Martna_vallavalitsus, lk 19
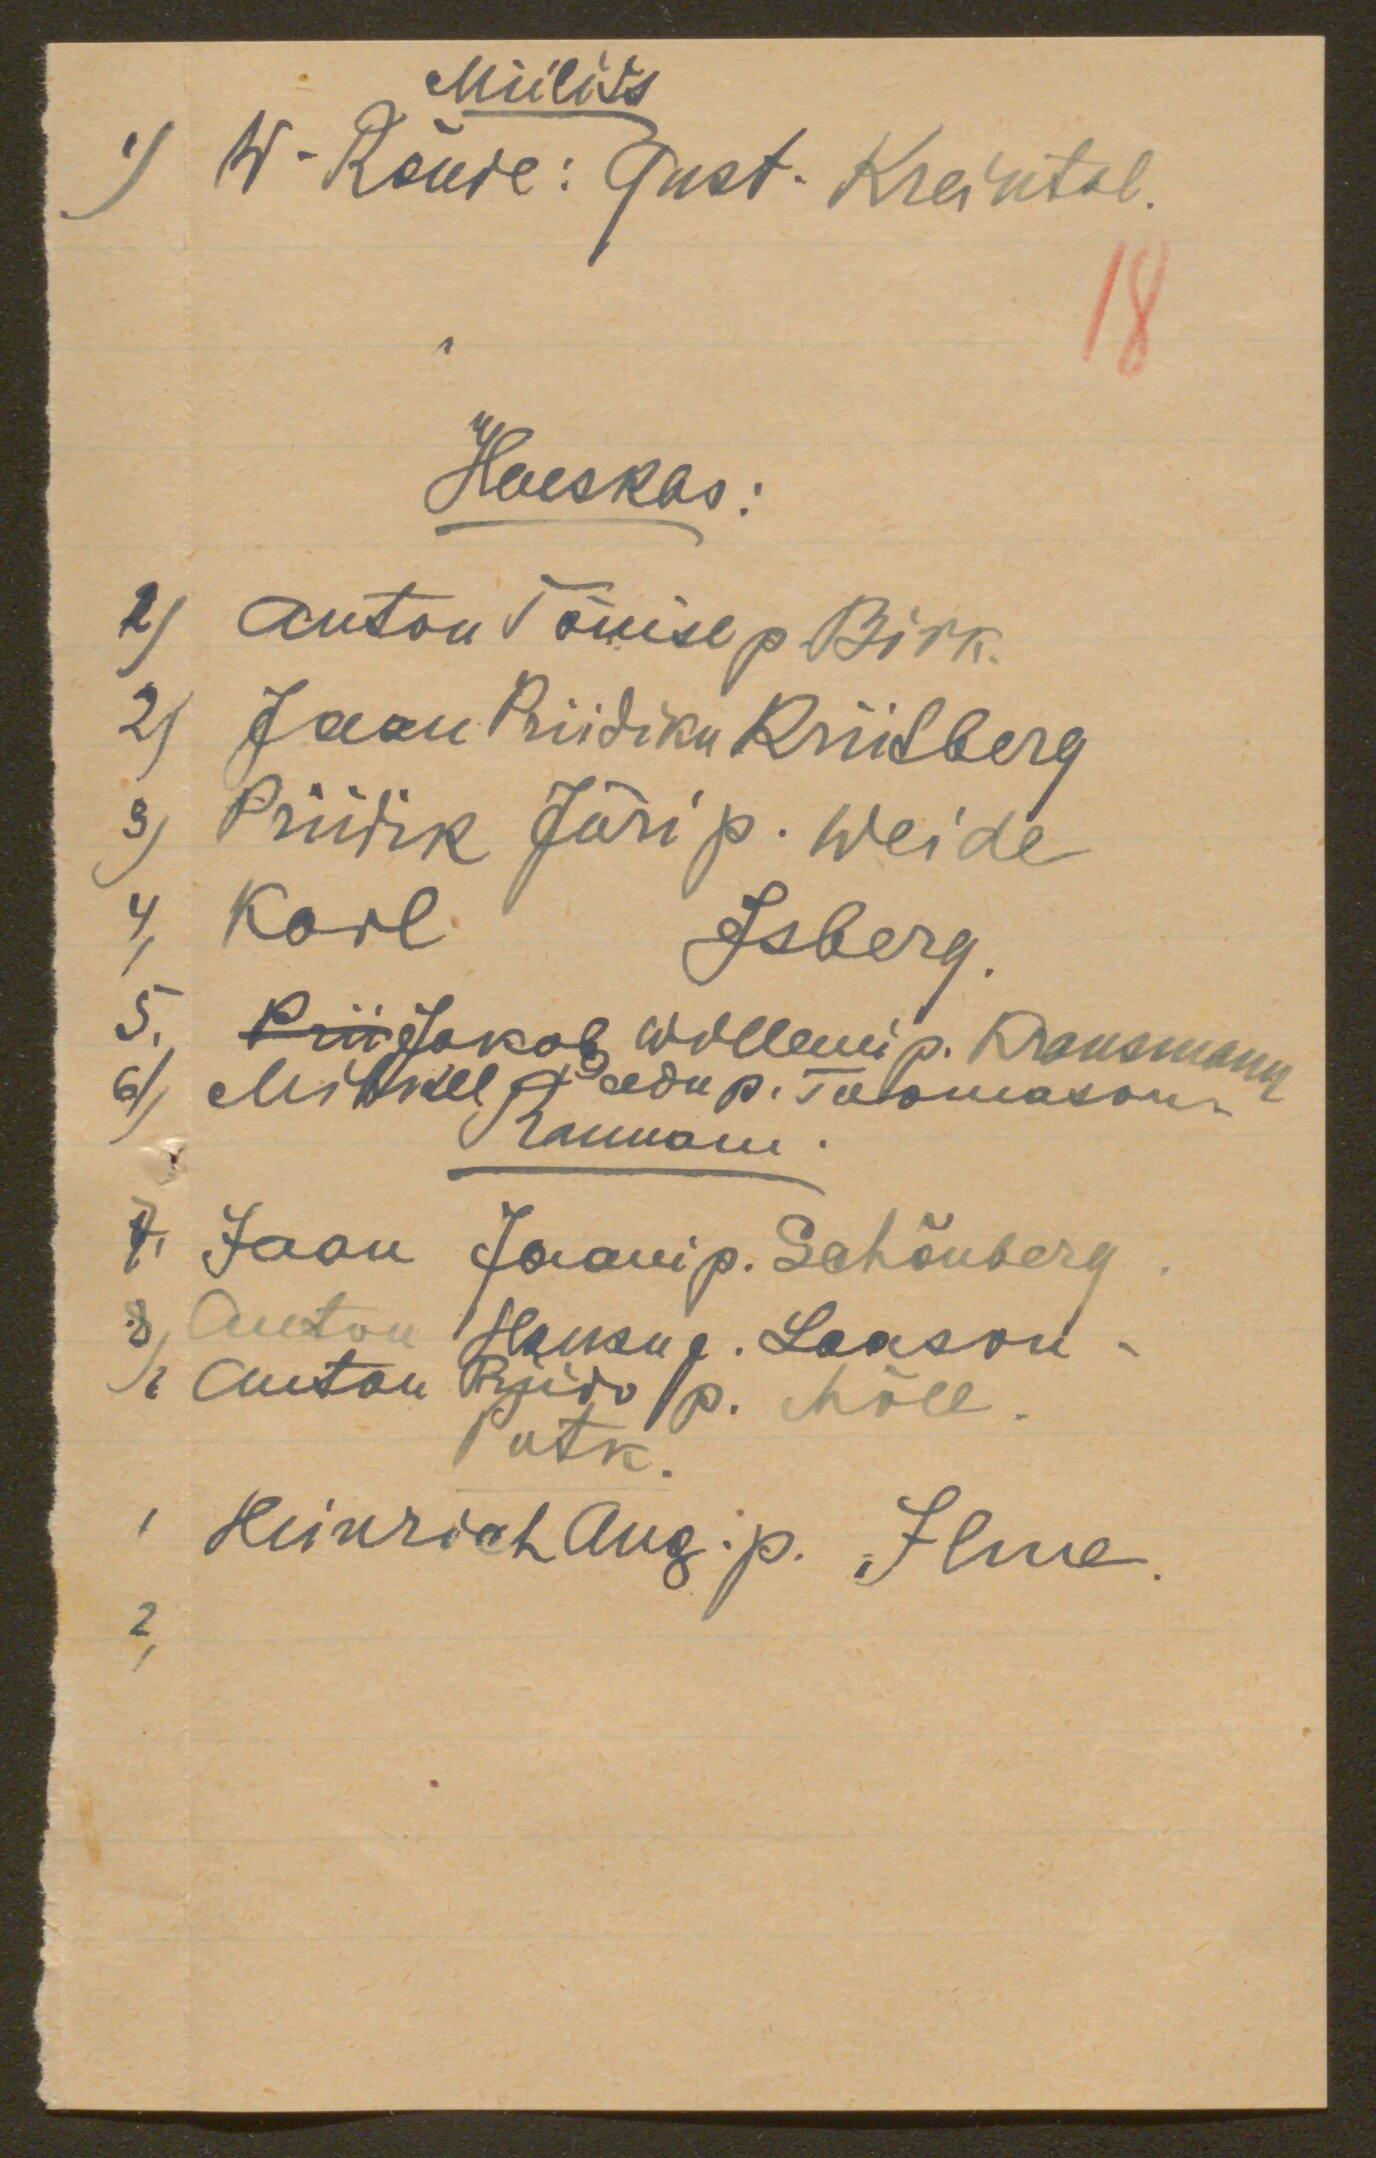
Miilits
1) W-Rõude: Gust. Kreintal.
18
Haeskas:
1) Anton Tõnise p. Birk.
2) Jaan Priidiku Riitberg
3) Priidik Jüri p. Weide
4, Karl Jsberg.
5. Prii Jakob Willemi p. Kransmann
6) Mihkel Peedu p. Toomason.
Rannam.
7, Jaan Jaani p. Schõnberg
8, Anton Hansu p. Laason.
x Anton Priido p. Mõll.
Putk.
1 Heinrich Aug. p. Ilme.
2,